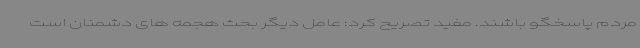
مردم پاسخگو باشند. مفید تصریح کرد: عامل دیگر بحث هجمه های دشمنان است